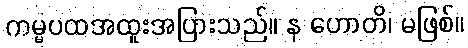
ကမ္မပထအထူးအပြားသည်။ န ဟောတိ၊ မဖြစ်။